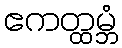
ဧကတ္ထမ္ဘံ